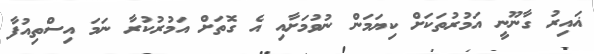
ޣައިރު ގާނޫނީ އަމުރުތަކަށް ކިޔަމަން ނުވުމަށާއި އެ ގޮތަށް އަމުރުކުރާ ނަމަ އިސްތިއުފާ